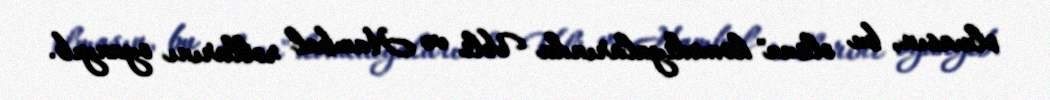
olmasın, bu olsun" komediyalarında Vəli və Hambal rollarını oyanyıb.